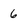
Character: 6